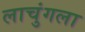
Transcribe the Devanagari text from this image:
लाचुंगला